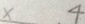
x . 4